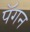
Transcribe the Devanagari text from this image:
पॅगन